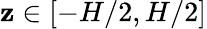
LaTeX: \mathbf{z}\in[-H/2,H/2]